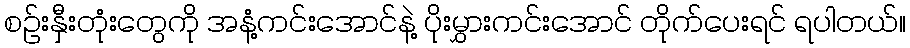
စဉ်းနှီးတုံးတွေကို အနံ့ကင်းအောင်နဲ့ ပိုးမွှားကင်းအောင် တိုက်ပေးရင် ရပါတယ်။